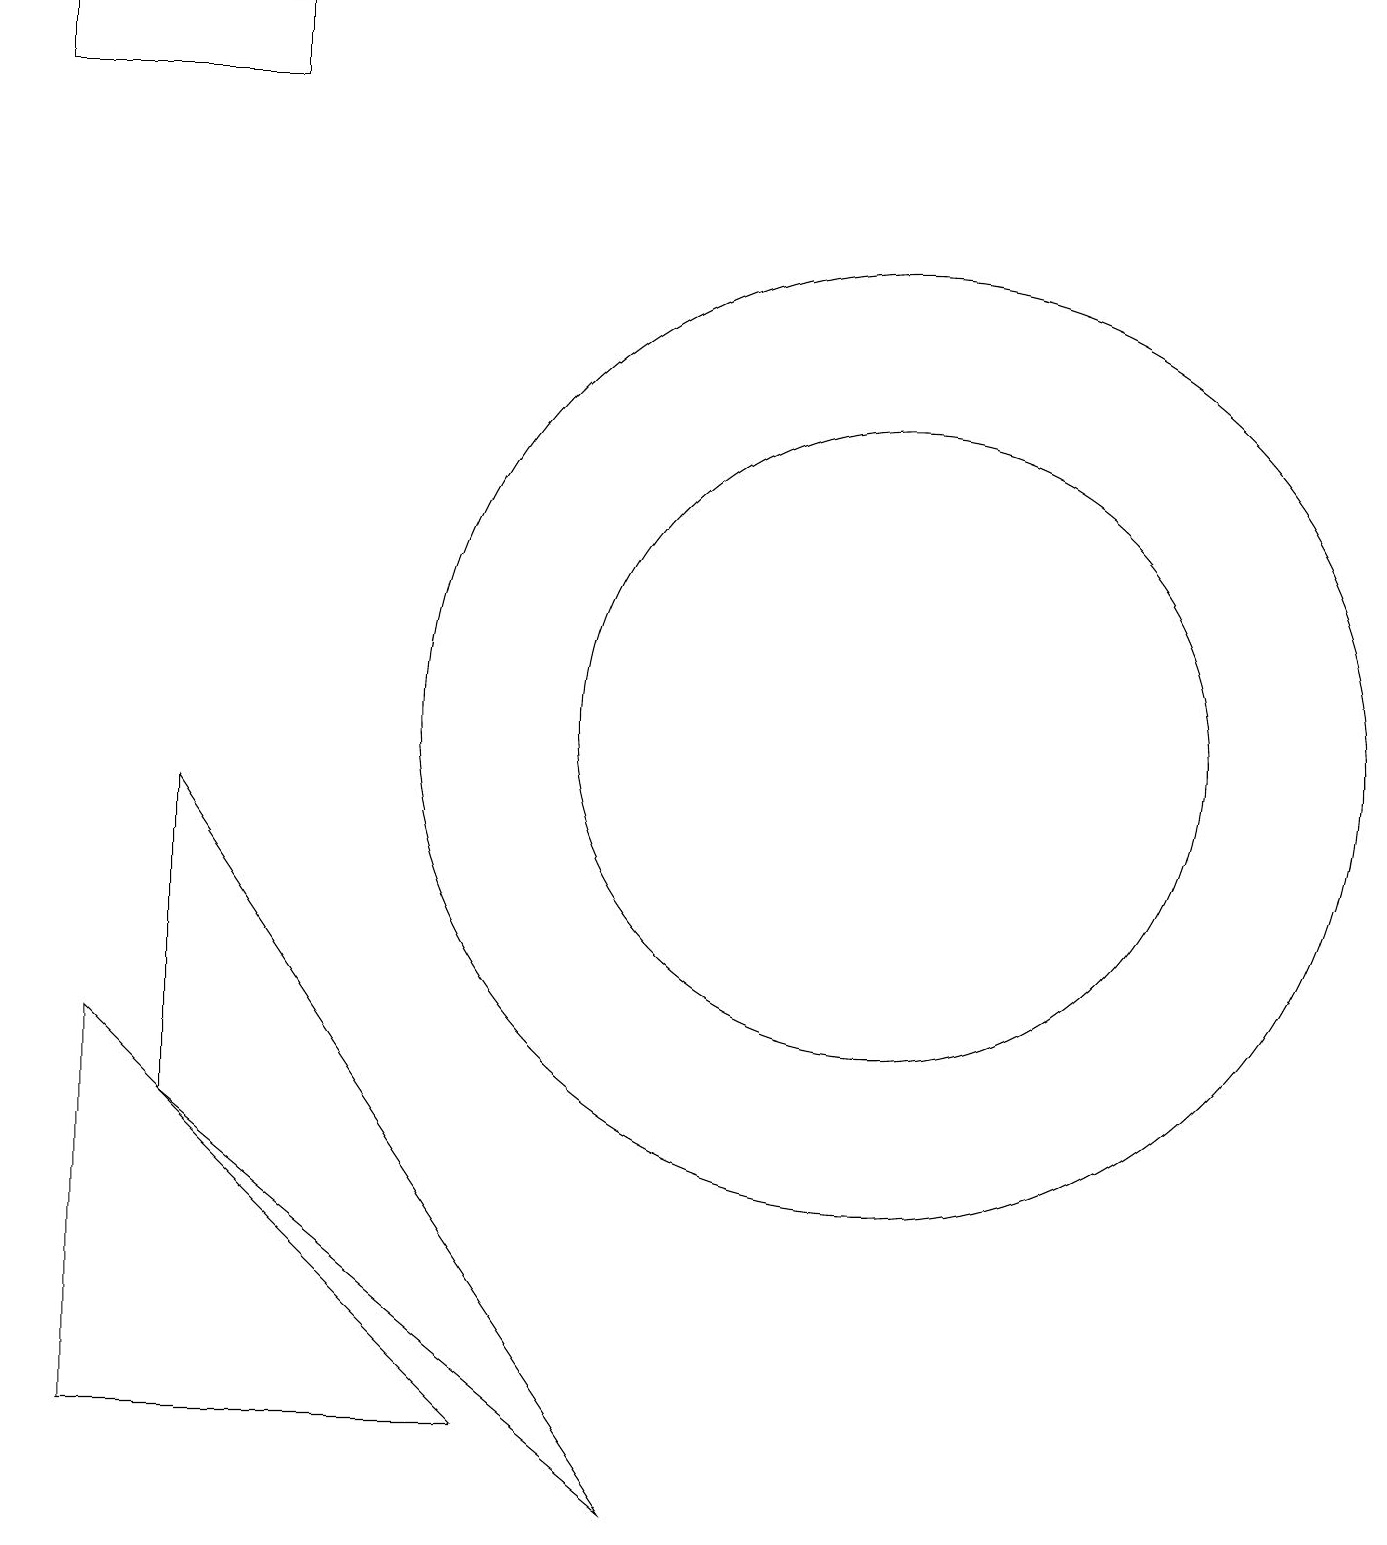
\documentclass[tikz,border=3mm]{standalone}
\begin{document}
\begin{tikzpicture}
\draw (1,1) -- (1,6) -- (6,1) -- cycle;
\draw (3,18) rectangle (0,19);
\draw (11,10) circle (4);
\draw (11,10) circle (6);
\draw (8,0) -- (2,5) -- (2,9) -- cycle;
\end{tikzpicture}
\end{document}